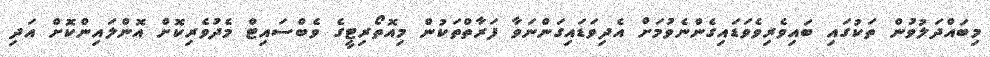
މިބައްދަލުވުން ތަކުގައި ބައިވެރިވެވަޑައިގެންނެވުމަށް އެދިވަޑައިގަންނަވާ ފަރާތްތަކުން މިއޮތޯރިޓީގެ ވެބްސައިޓް މެދުވެރިކޮށް އޮންލައިންކޮށް އަދި